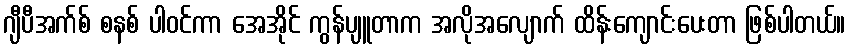
ဂျီပီအက်စ် စနစ် ပါဝင်ကာ အေအိုင် ကွန်ပျူတာက အလိုအလျောက် ထိန်းကျောင်းပေးတာ ဖြစ်ပါတယ်။